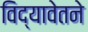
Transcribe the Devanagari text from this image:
विद्यावेतने